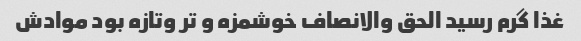
غذا گرم رسید الحق والانصاف خوشمزه و تر وتازه بود موادش